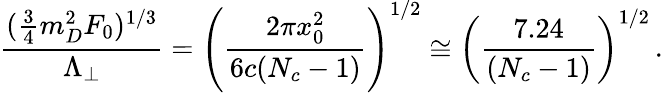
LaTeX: \frac{(\frac{3}{4}m_{D}^{2}F_{0})^{1/3}}{\Lambda_{\perp}}=\left(\frac{2\pi x_{0}^{2}}{6c(N_{c}-1)}\right)^{1/2}\cong\left(\frac{7.24}{(N_{c}-1)}\right)^{1/2}\, .